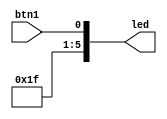
/*
-Project: btn-led
-Author: poge-st
-Created: 2024.03.26
-Board: Tang Nano 9k
-Description:
read input btn1 and output it to led[0]
*/

module top (
    output [5:0] led,
    input btn1  
);
    assign led[5:1] = 31;
    assign led[0] = btn1;
endmodule